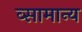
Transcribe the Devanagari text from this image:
व्सामान्य